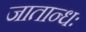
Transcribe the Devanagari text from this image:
जातान्धः